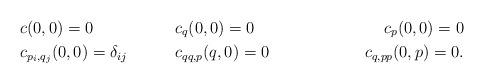
LaTeX: \begin{align*} &c(0,0) = 0 &&c_{q}(0,0) = 0 &&&c_{p}(0,0) = 0\\ &c_{p_i,q_j}(0,0) = \delta_{ij} && c_{qq,p}(q,0) = 0 &&& c_{q,pp}(0,p) = 0. \end{align*}